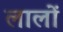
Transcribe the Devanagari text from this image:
लालों